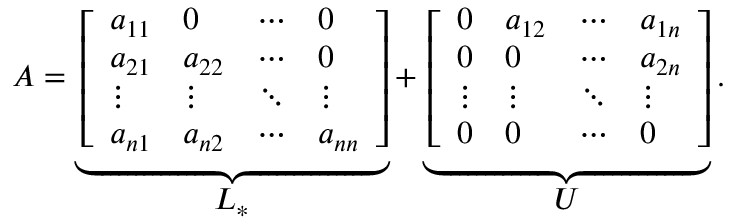
A = \underbrace { \left[ \begin{array} { l l l l } { a _ { 1 1 } } & { 0 } & { \cdots } & { 0 } \\ { a _ { 2 1 } } & { a _ { 2 2 } } & { \cdots } & { 0 } \\ { \vdots } & { \vdots } & { \ddots } & { \vdots } \\ { a _ { n 1 } } & { a _ { n 2 } } & { \cdots } & { a _ { n n } } \end{array} \right] } _ { \textstyle L _ { * } } + \underbrace { \left[ \begin{array} { l l l l } { 0 } & { a _ { 1 2 } } & { \cdots } & { a _ { 1 n } } \\ { 0 } & { 0 } & { \cdots } & { a _ { 2 n } } \\ { \vdots } & { \vdots } & { \ddots } & { \vdots } \\ { 0 } & { 0 } & { \cdots } & { 0 } \end{array} \right] } _ { \textstyle U } .